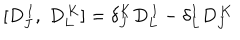
LaTeX: [ D _ { J } ^ { \, I } , \; D _ { L } ^ { \, K } ] = \delta _ { J } ^ { K } D _ { L } ^ { \, I } - \delta _ { L } ^ { I } D _ { J } ^ { \, K }